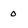
Character: O